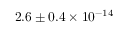
2 . 6 \pm { 0 . 4 } \times 1 0 ^ { - 1 4 }